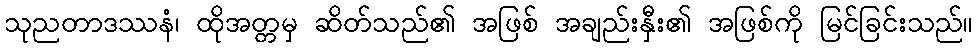
သုညတာဒဿနံ၊ ထိုအတ္တမှ ဆိတ်သည်၏ အဖြစ် အချည်းနှီး၏ အဖြစ်ကို မြင်ခြင်းသည်။